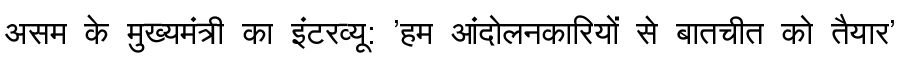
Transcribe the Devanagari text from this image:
असम के मुख्यमंत्री का इंटरव्यू: 'हम आंदोलनकारियों से बातचीत को तैयार'